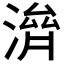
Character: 𣺴